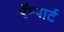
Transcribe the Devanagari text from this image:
रॅम्पार्ट